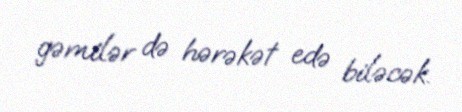
gəmilər də hərəkət edə biləcək.